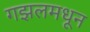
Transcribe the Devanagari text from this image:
गझलमधून